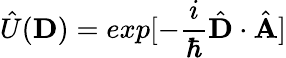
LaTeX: \hat{U}(\mathbf{D})=exp[-\frac{i}{\hbar}\hat{\mathbf{D}}\cdot\hat{\mathbf{A}}]